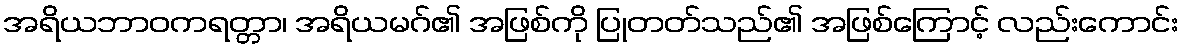
အရိယဘာဝကရတ္တာ၊ အရိယမဂ်၏ အဖြစ်ကို ပြုတတ်သည်၏ အဖြစ်ကြောင့် လည်းကောင်း